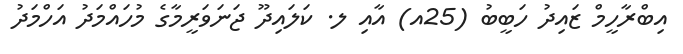
އިބްރާހީމް ޒައިދު ހަބީބު (25އ) އާއި ލ. ކަލައިދޫ ޖަނަވަރީމާގެ މުހައްމަދު އަހްމަދު